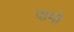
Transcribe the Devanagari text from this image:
दामो